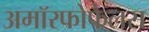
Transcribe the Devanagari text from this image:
अमॉरफोफैलस